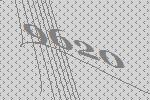
9620